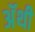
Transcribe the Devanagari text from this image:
अॅथी